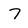
Character: 7